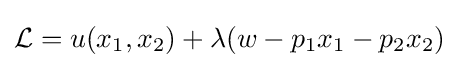
{\mathcal {L}}=u(x_{1},x_{2})+\lambda (w-p_{1}x_{1}-p_{2}x_{2})